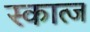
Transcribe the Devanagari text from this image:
स्कात्ज